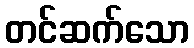
တင်ဆက်သော